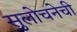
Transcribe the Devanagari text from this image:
सुलोचनेची